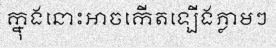
ក្នុងនោះអាចកើតឡើងភ្លាមៗ